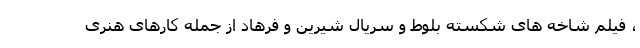
، فیلم شاخه های شکسته بلوط و سریال شیرین و فرهاد از جمله کارهای هنری